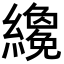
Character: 𬘇